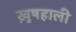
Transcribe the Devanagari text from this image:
ख़ुषहाली